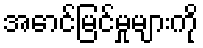
အောင်မြင်မှုများကို